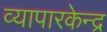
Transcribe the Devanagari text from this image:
व्यापारकेन्द्र